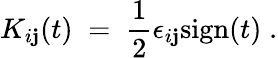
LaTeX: K_{i\mathbf{j}}(t)\; =\; \frac{{1}}{{2}}\epsilon_{i\mathbf{j}}\mathrm{{sign}}(t)\; .